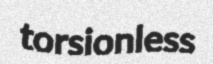
torsionless